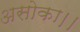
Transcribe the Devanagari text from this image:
असोका।।